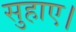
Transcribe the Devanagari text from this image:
सुहाए।